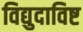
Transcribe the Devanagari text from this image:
विद्युदाविष्ट